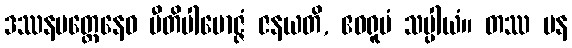
ဒဿနမတ္တေနေဝ ပီတိပါမောဇ္ဇံ ဇနယတိ, ဧဝရူပံ သပ္ပါယံ။ တဿ ပန